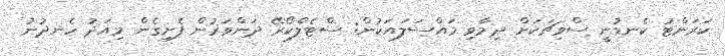
ކަރަންޓު ކެނޑުނީ ސްވިޗަކަށް ދިމާވި މައްސަލައަކުން: ސްޓެލްކޯރޭ ދަންވަރުން ފެށިގެން މިއަދު ހެނދުނު